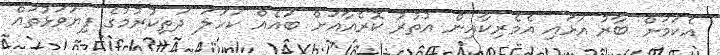
އެކަމަށް ބާރު އަޅައި އެމެރިކާއިން އުތުރު ކޮރެއާއަށް ބައެއް ކަހަލަ ދަތިކުރުމުގެ ފިޔަވަޅުތައް